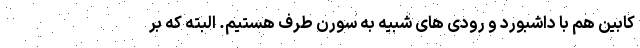
کابین هم با داشبورد و رودی های شبیه به سورن طرف هستیم. البته که بر